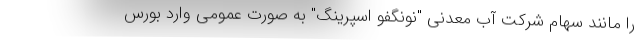
را مانند سهام شرکت آب معدنی "نونگفو اسپرینگ" به صورت عمومی وارد بورس